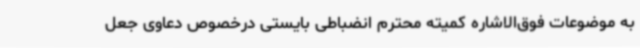
به موضوعات فوق‌الاشاره کمیته محترم انضباطی بایستی درخصوص دعاوی جعل